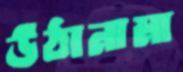
উঠানামা